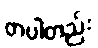
တပါတည်း